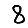
Digit: 8